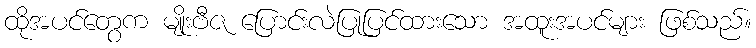
ထိုအပင်တွေက မျိုးဗီဇ ပြောင်းလဲပြုပြင်ထားသော အထူးအပင်များ ဖြစ်သည်။